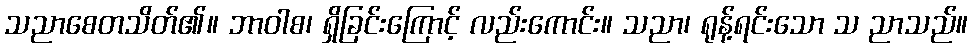
သညာစေတသိတ်၏။ ဘာဝါစ၊ ရှိခြင်းကြောင့် လည်းကောင်း။ သညာ၊ ရုန့်ရင်းသော သ ညာသည်။